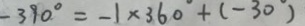
- 3 9 0 ^ { \circ } = - 1 \times 3 6 0 ^ { \circ } = - 1 + ( - 3 0 ^ { \circ } )